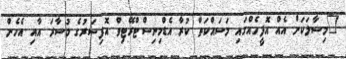
"މިސާލަކަށް އެއް އޮފީހެއްގައި މަސައްކަތް ކުރާ އެޑްމިނިސްޓްރޭޓިވް އޮފިސަރުގެ މުސާރަ އާއި އެހެން